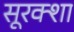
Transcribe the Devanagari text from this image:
सूरक्शा